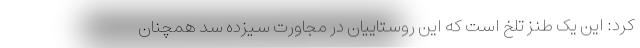
کرد: این یک طنز تلخ است که این روستاییان در مجاورت سیزده سد همچنان